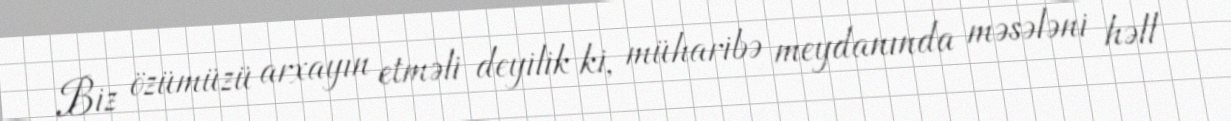
Biz özümüzü arxayın etməli deyilik ki, müharibə meydanında məsələni həll